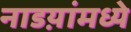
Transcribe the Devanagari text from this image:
नाडय़ांमध्ये